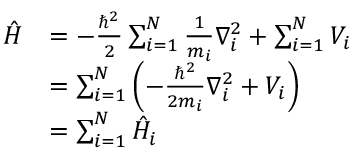
{ \begin{array} { r l } { { \hat { H } } } & { = - { \frac { \hbar ^ { 2 } } { 2 } } \sum _ { i = 1 } ^ { N } { \frac { 1 } { m _ { i } } } \nabla _ { i } ^ { 2 } + \sum _ { i = 1 } ^ { N } V _ { i } } \\ & { = \sum _ { i = 1 } ^ { N } \left( - { \frac { \hbar ^ { 2 } } { 2 m _ { i } } } \nabla _ { i } ^ { 2 } + V _ { i } \right) } \\ & { = \sum _ { i = 1 } ^ { N } { \hat { H } } _ { i } } \end{array} }